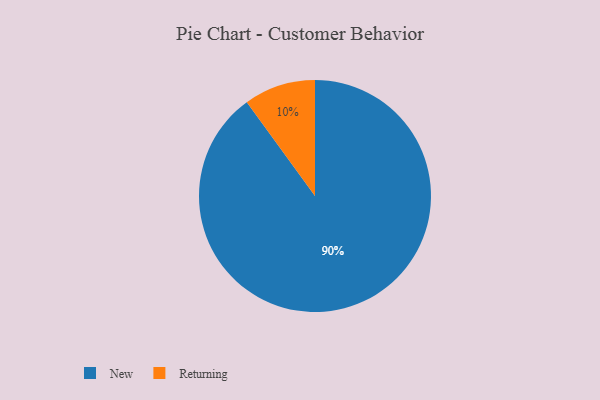
{"axis": {"x": "Category", "y": "Percentage"}, "legend": ["New", "Returning"], "data": [{"x": "Returning", "y": 10, "type": "Returning"}, {"x": "New", "y": 90, "type": "New"}]}